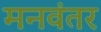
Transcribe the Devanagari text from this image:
मनवंतर